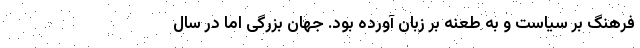
فرهنگ بر سیاست و به طعنه بر زبان آورده بود. جهان بزرگی اما در سال